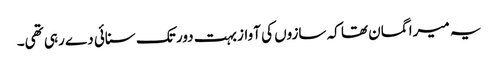
یہ میرا گمان تھا کہ سازوں کی آواز بہت دور تک سنائی دے رہی تھی۔